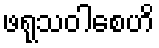
ဖရုသဝါစေဟိ